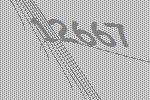
12667